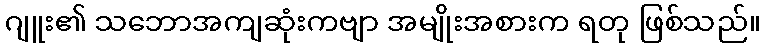
ဂျူး၏ သဘောအကျဆုံးကဗျာ အမျိုးအစားက ရတု ဖြစ်သည်။